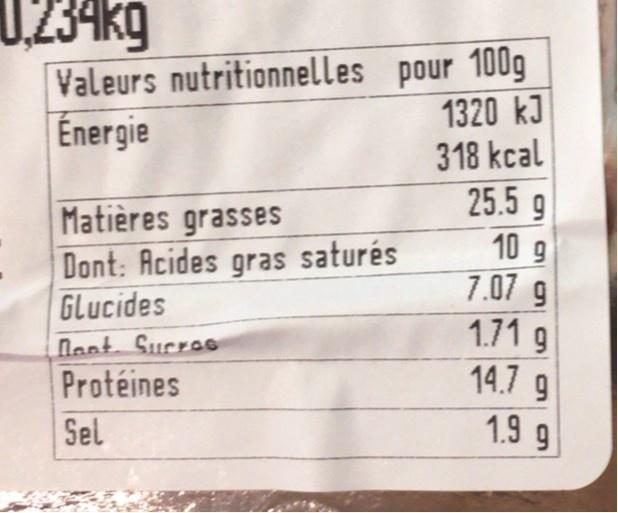
U.234kg
Valeurs nutritionnelles pour 100g
1320 kJ 318 kcal 25.5 g 10 g 7.07 g 1.71 g 14.7 9 1.9 9
Énergie
Matières grasses Dont: Acides gras saturés Glucides
Nont. Sucreas
Protéines
Sel